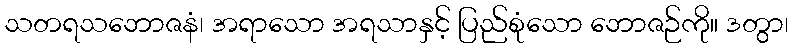
သတရသဘောဇနံ၊ အရာသော အရသာနှင့် ပြည်စုံသော ဘောဇဉ်ကို။ ဒတွာ၊